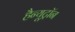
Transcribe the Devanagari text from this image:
हैन्यूट्रॉन